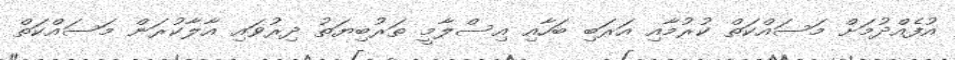
އުފެއްދުމަށް މަސައްކަތް ކުރުމާއި އަރަބި ބަހާއި އިސްލާމީ ތަރުބިޔަތު ދިރުވައި އާލާކުރަން މަސައްކަތް